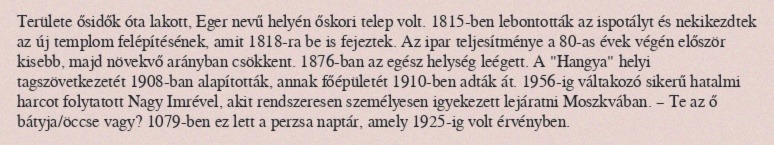
Területe ősidők óta lakott, Eger nevű helyén őskori telep volt. 1815-ben lebontották az ispotályt és nekikezdtek az új templom felépítésének, amit 1818-ra be is fejeztek. Az ipar teljesítménye a 80-as évek végén először kisebb, majd növekvő arányban csökkent. 1876-ban az egész helység leégett. A "Hangya" helyi tagszövetkezetét 1908-ban alapították, annak főépületét 1910-ben adták át. 1956-ig váltakozó sikerű hatalmi harcot folytatott Nagy Imrével, akit rendszeresen személyesen igyekezett lejáratni Moszkvában. – Te az ő bátyja/öccse vagy? 1079-ben ez lett a perzsa naptár, amely 1925-ig volt érvényben.